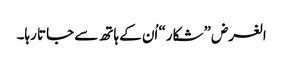
الغرض ”شکار“ اُن کے ہاتھ سے جاتا رہا۔